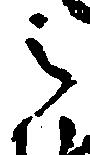
之